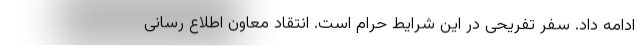
ادامه داد. سفر تفریحی در این شرایط حرام است. انتقاد معاون اطلاع رسانی